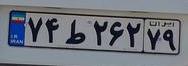
۷۴ط۲۶۲۷۹